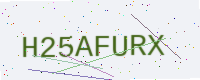
Text: H25AFURX